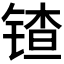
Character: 𬭠